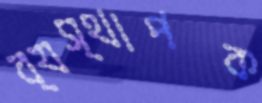
ব্যস্থাপক